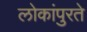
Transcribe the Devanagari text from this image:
लोकांपुरते